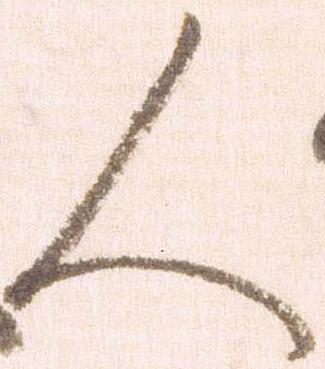
人